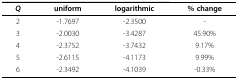
<table><thead><tr><td><b><i>Q</i></b></td><td><b>uniform</b></td><td><b>logarithmic</b></td><td><b>% change</b></td></tr></thead><tbody><tr><td>2</td><td>-1.7697</td><td>-2.3500</td><td>-</td></tr><tr><td>3</td><td>-2.0030</td><td>-3.4287</td><td>45.90%</td></tr><tr><td>4</td><td>-2.3752</td><td>-3.7432</td><td>9.17%</td></tr><tr><td>5</td><td>-2.6115</td><td>-4.1173</td><td>9.99%</td></tr><tr><td>6</td><td>-2.3492</td><td>-4.1039</td><td>-0.33%</td></tr></tbody></table>